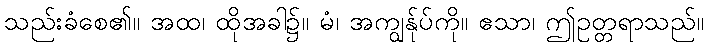
သည်းခံစေ၏။ အထ၊ ထိုအခါ၌။ မံ၊ အကျွန်ုပ်ကို။ ဧသာ၊ ဤဥတ္တရာသည်။